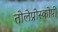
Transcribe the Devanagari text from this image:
तोलेप्रोस्कोपी